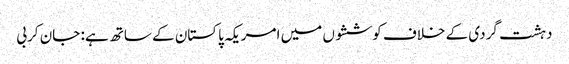
دہشت گردی کے خلاف کوششوں میں امریکہ پاکستان کے ساتھ ہے: جان کربی